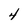
Character: 4